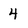
Character: 4